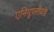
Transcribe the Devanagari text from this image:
एनियूप्लॉयड